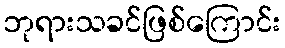
ဘုရားသခင်ဖြစ်ကြောင်း